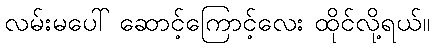
လမ်းမပေါ် ဆောင့်ကြောင့်လေး ထိုင်လို့ရယ်။